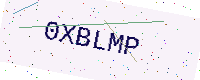
Text: 0XBLMP